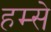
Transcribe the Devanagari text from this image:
हम्से